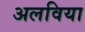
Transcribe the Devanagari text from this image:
अलविया